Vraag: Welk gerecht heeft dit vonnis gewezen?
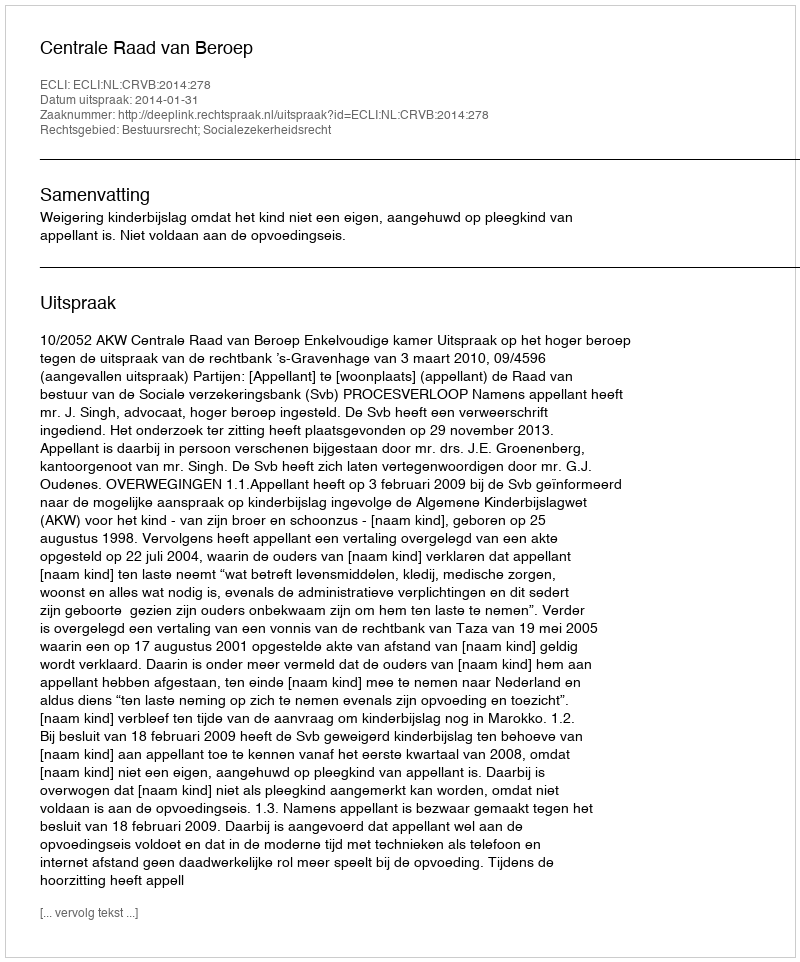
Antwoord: Centrale Raad van Beroep